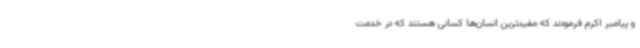
و پیامبر اکرم فرمودند که مفیدترین انسان‌ها کسانی هستند که در خدمت